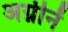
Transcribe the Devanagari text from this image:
अग्नीनें